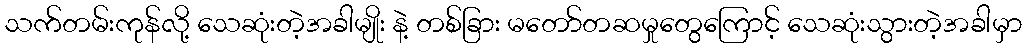
သက်တမ်းကုန်လို့ သေဆုံးတဲ့အခါမျိုး နဲ့ တစ်ခြား မတော်တဆမှုတွေကြောင့် သေဆုံးသွားတဲ့အခါမှာ